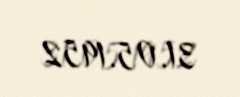
31.05.1952